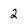
Character: 2